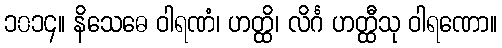
၁၀၁၄။ နိသေဓေ ဝါရဏံ၊ ဟတ္ထိ၊ လိင်္ဂ ဟတ္ထီသု ဝါရဏော။